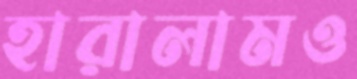
হারালামও